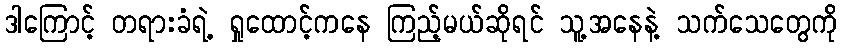
ဒါကြောင့် တရားခံရဲ့ ရှုထောင့်ကနေ ကြည့်မယ်ဆိုရင် သူ့အနေနဲ့ သက်သေတွေကို